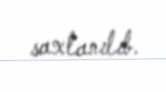
saxlanılıb.